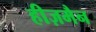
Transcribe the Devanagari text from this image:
हीज़मैन